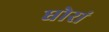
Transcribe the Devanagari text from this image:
धोरां